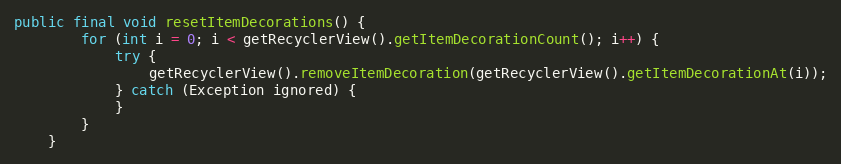
Language: Java
public final void resetItemDecorations() {
        for (int i = 0; i < getRecyclerView().getItemDecorationCount(); i++) {
            try {
                getRecyclerView().removeItemDecoration(getRecyclerView().getItemDecorationAt(i));
            } catch (Exception ignored) {
            }
        }
    }